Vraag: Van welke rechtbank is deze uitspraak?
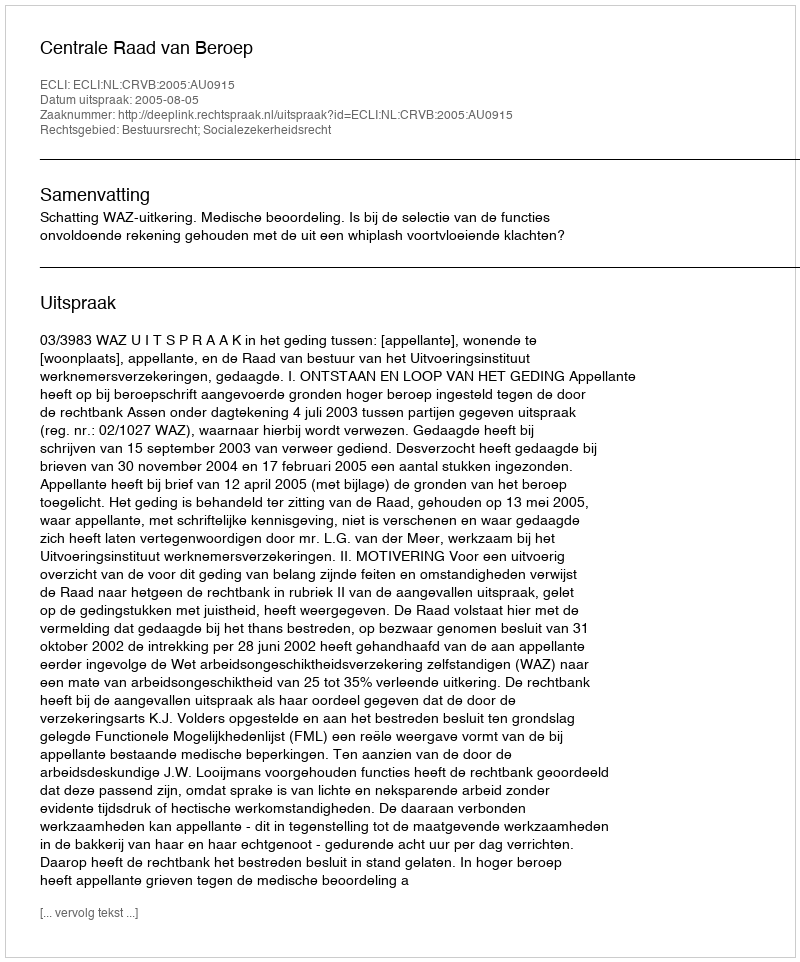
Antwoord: Centrale Raad van Beroep